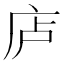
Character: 𪪏